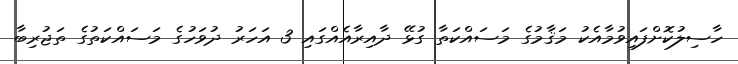
ހާސިލުކޮށްފައިވުމާއެކު މަޤާމުގެ މަސައްކަތާ ގުޅޭ ދާއިރާއެއްގައި 3 އަހަރު ދުވަހުގެ މަސައްކަތުގެ ތަޖުރިބާ